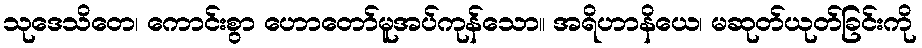
သုဒေသိတေ၊ ကောင်းစွာ ဟောတော်မူအပ်ကုန်သော။ အရိဟာနိယေ၊ မဆုတ်ယုတ်ခြင်းကို